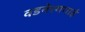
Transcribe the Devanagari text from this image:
वडनेरगगाई